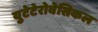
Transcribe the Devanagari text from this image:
युटेटेरोवेसिकल